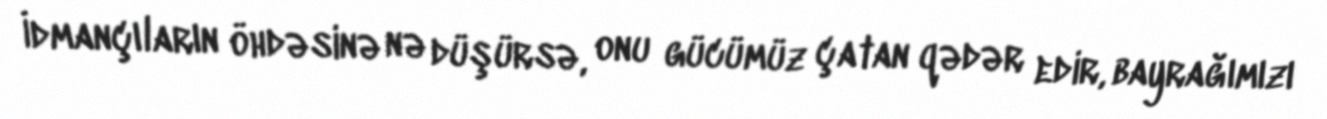
İdmançıların öhdəsinə nə düşürsə, onu gücümüz çatan qədər edir, bayrağımızı